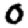
Digit: 0